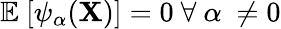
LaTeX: \mathbb{E}~[\psi_{\alpha}(\textbf{X})]=0~\forall~\alpha~\neq 0